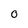
Character: 0